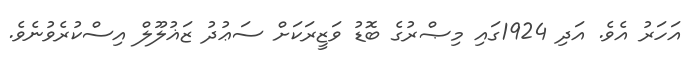
އަހަރު އެވެ. އަދި 1924ގައި މިޞްރުގެ ބޮޑު ވަޒީރަކަށް ސަޢުދު ޒަޣުލޫލް އިސްކުރެވުނެވެ.